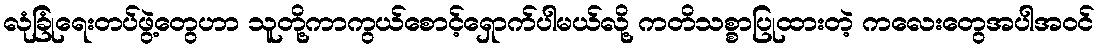
လုံခြုံရေးတပ်ဖွဲ့တွေဟာ သူတို့ကာကွယ်စောင့်ရှောက်ပါမယ်လို့ ကတိသစ္စာပြုထားတဲ့ ကလေးတွေအပါအဝင်